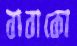
বাবাকো